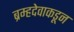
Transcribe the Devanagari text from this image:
ब्रम्हदेवाकडून